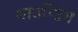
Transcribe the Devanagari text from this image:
माउन्टिंग